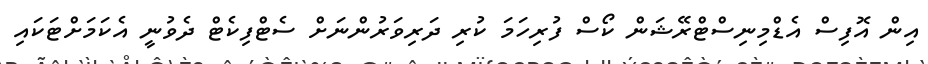
އިން އޮފިސް އެޑްމިނިސްޓްރޭޝަން ކޯސް ފުރިހަމަ ކުރި ދަރިވަރުންނަށް ސެޓްފިކެޓް ދެވުނީ އެކަމަށްޓަކައި